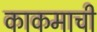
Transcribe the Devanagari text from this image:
काकमाची